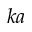
k a